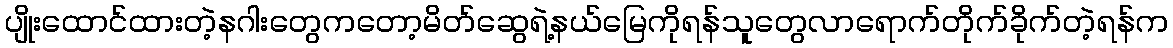
ပျိုးထောင်ထားတဲ့နဂါးတွေကတော့မိတ်ဆွေရဲ့နယ်မြေကိုရန်သူတွေလာရောက်တိုက်ခိုက်တဲ့ရန်က